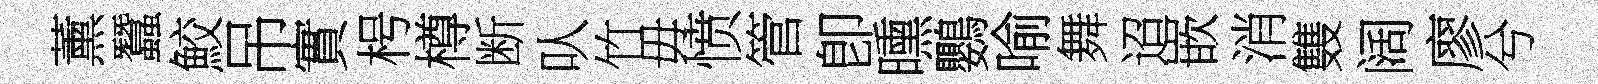
薰蠶鮫吊實枵樽断㕥竹毋愤管卽曛鸚喻舞迢嵌消䨇阔廖兮